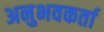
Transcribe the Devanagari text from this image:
अनुभवकर्ता